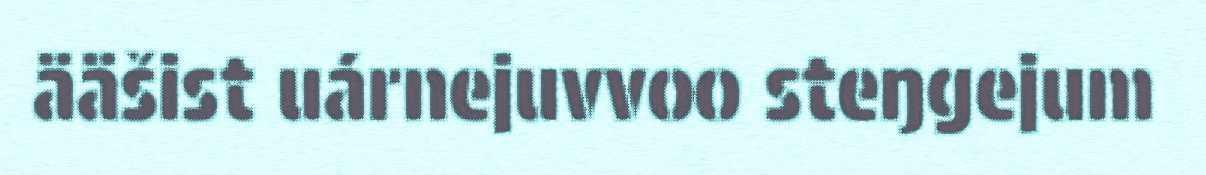
ääšist uárnejuvvoo steŋgejum